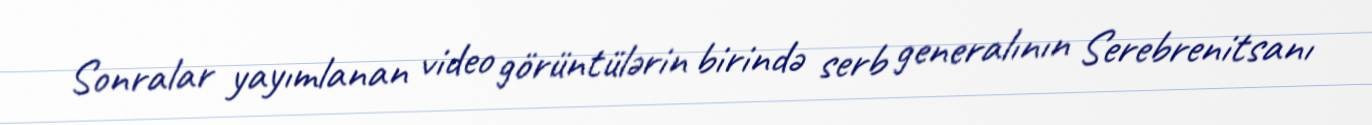
Sonralar yayımlanan video görüntülərin birində serb generalının Serebrenitsanı